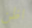
اظن